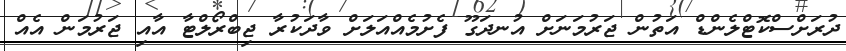
ދުރަށްސްކޮޓްލެންޑް އަތުން ޖަރުމަނަށް އުނދަގޫ ފެށުމެއްއަލަށް ވާދަކުރާ ޖިބްރޯލްޓާ އާއި ޖަރުމަން އެއް